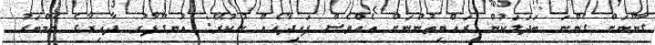
ގާނޫނަށް ގެންނަ ބަދަލަކުން ރައްޔިތުންނަށް އެއްވެސް ފައިދާއެއް ނުކުރޭ: އުނގޫފާރު ދާއިރާގެ މެމްބަރު